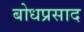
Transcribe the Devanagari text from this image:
बोधप्रसाद